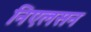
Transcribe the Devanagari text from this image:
निएलसन